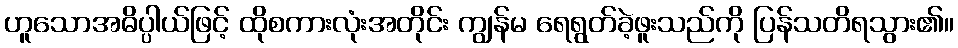
ဟူသောအဓိပ္ပါယ်ဖြင့် ထိုစကားလုံးအတိုင်း ကျွန်မ ရေရွတ်ခဲ့ဖူးသည်ကို ပြန်သတိရသွား၏။